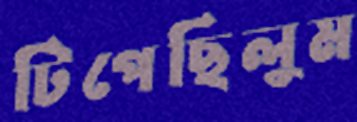
টিপেছিলুম